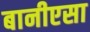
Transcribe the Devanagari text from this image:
बानीएसा